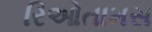
રિઓતામસ